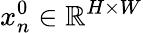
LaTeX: x_{n}^{0}\in\mathbb{R}^{H\times W}